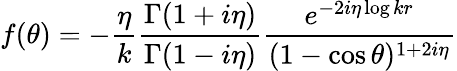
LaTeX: f(\theta)=-{\frac{\eta}{k}}{\frac{\Gamma(1+i\eta)}{\Gamma(1-i\eta)}}{\frac{e^{-2i\eta\log kr}}{(1-\cos\theta)^{1+2i\eta}}}